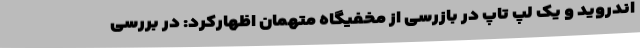
اندروید و یک لپ تاپ در بازرسی از مخفیگاه متهمان اظهارکرد: در بررسی